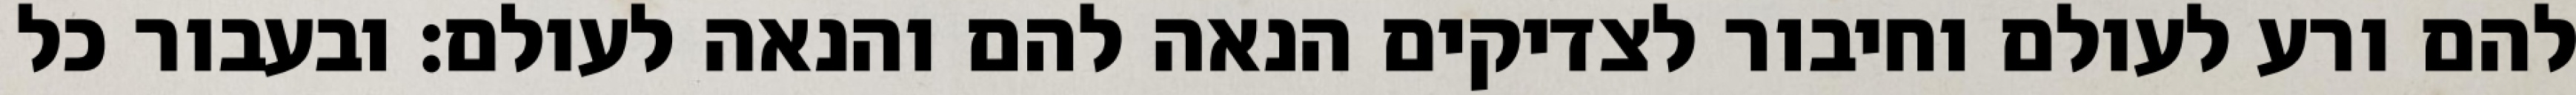
להם ורע לעולם וחיבור לצדיקים הנאה להם והנאה לעולם: ובעבור כל